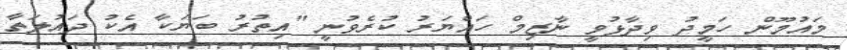
މައުމޫން ހަމީދު ވިދާޅުވީ ނާޒިމް ހައްޔަރު ކުރެވުނީ "އިތުރު ބަޔަކާ އެކު ދައުލަތާ